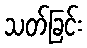
သတ်ခြင်း